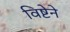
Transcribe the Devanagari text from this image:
विष्टेने